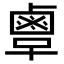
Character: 𪉞